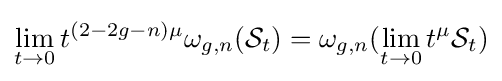
\lim _{t\to 0}t^{(2-2g-n)\mu }\omega _{g,n}({\mathcal {S}}_{t})=\omega _{g,n}(\lim _{t\to 0}t^{\mu }{\mathcal {S}}_{t})